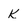
Character: k